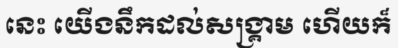
នេះ យើងនឹកដល់សង្គ្រាម ហើយក៏